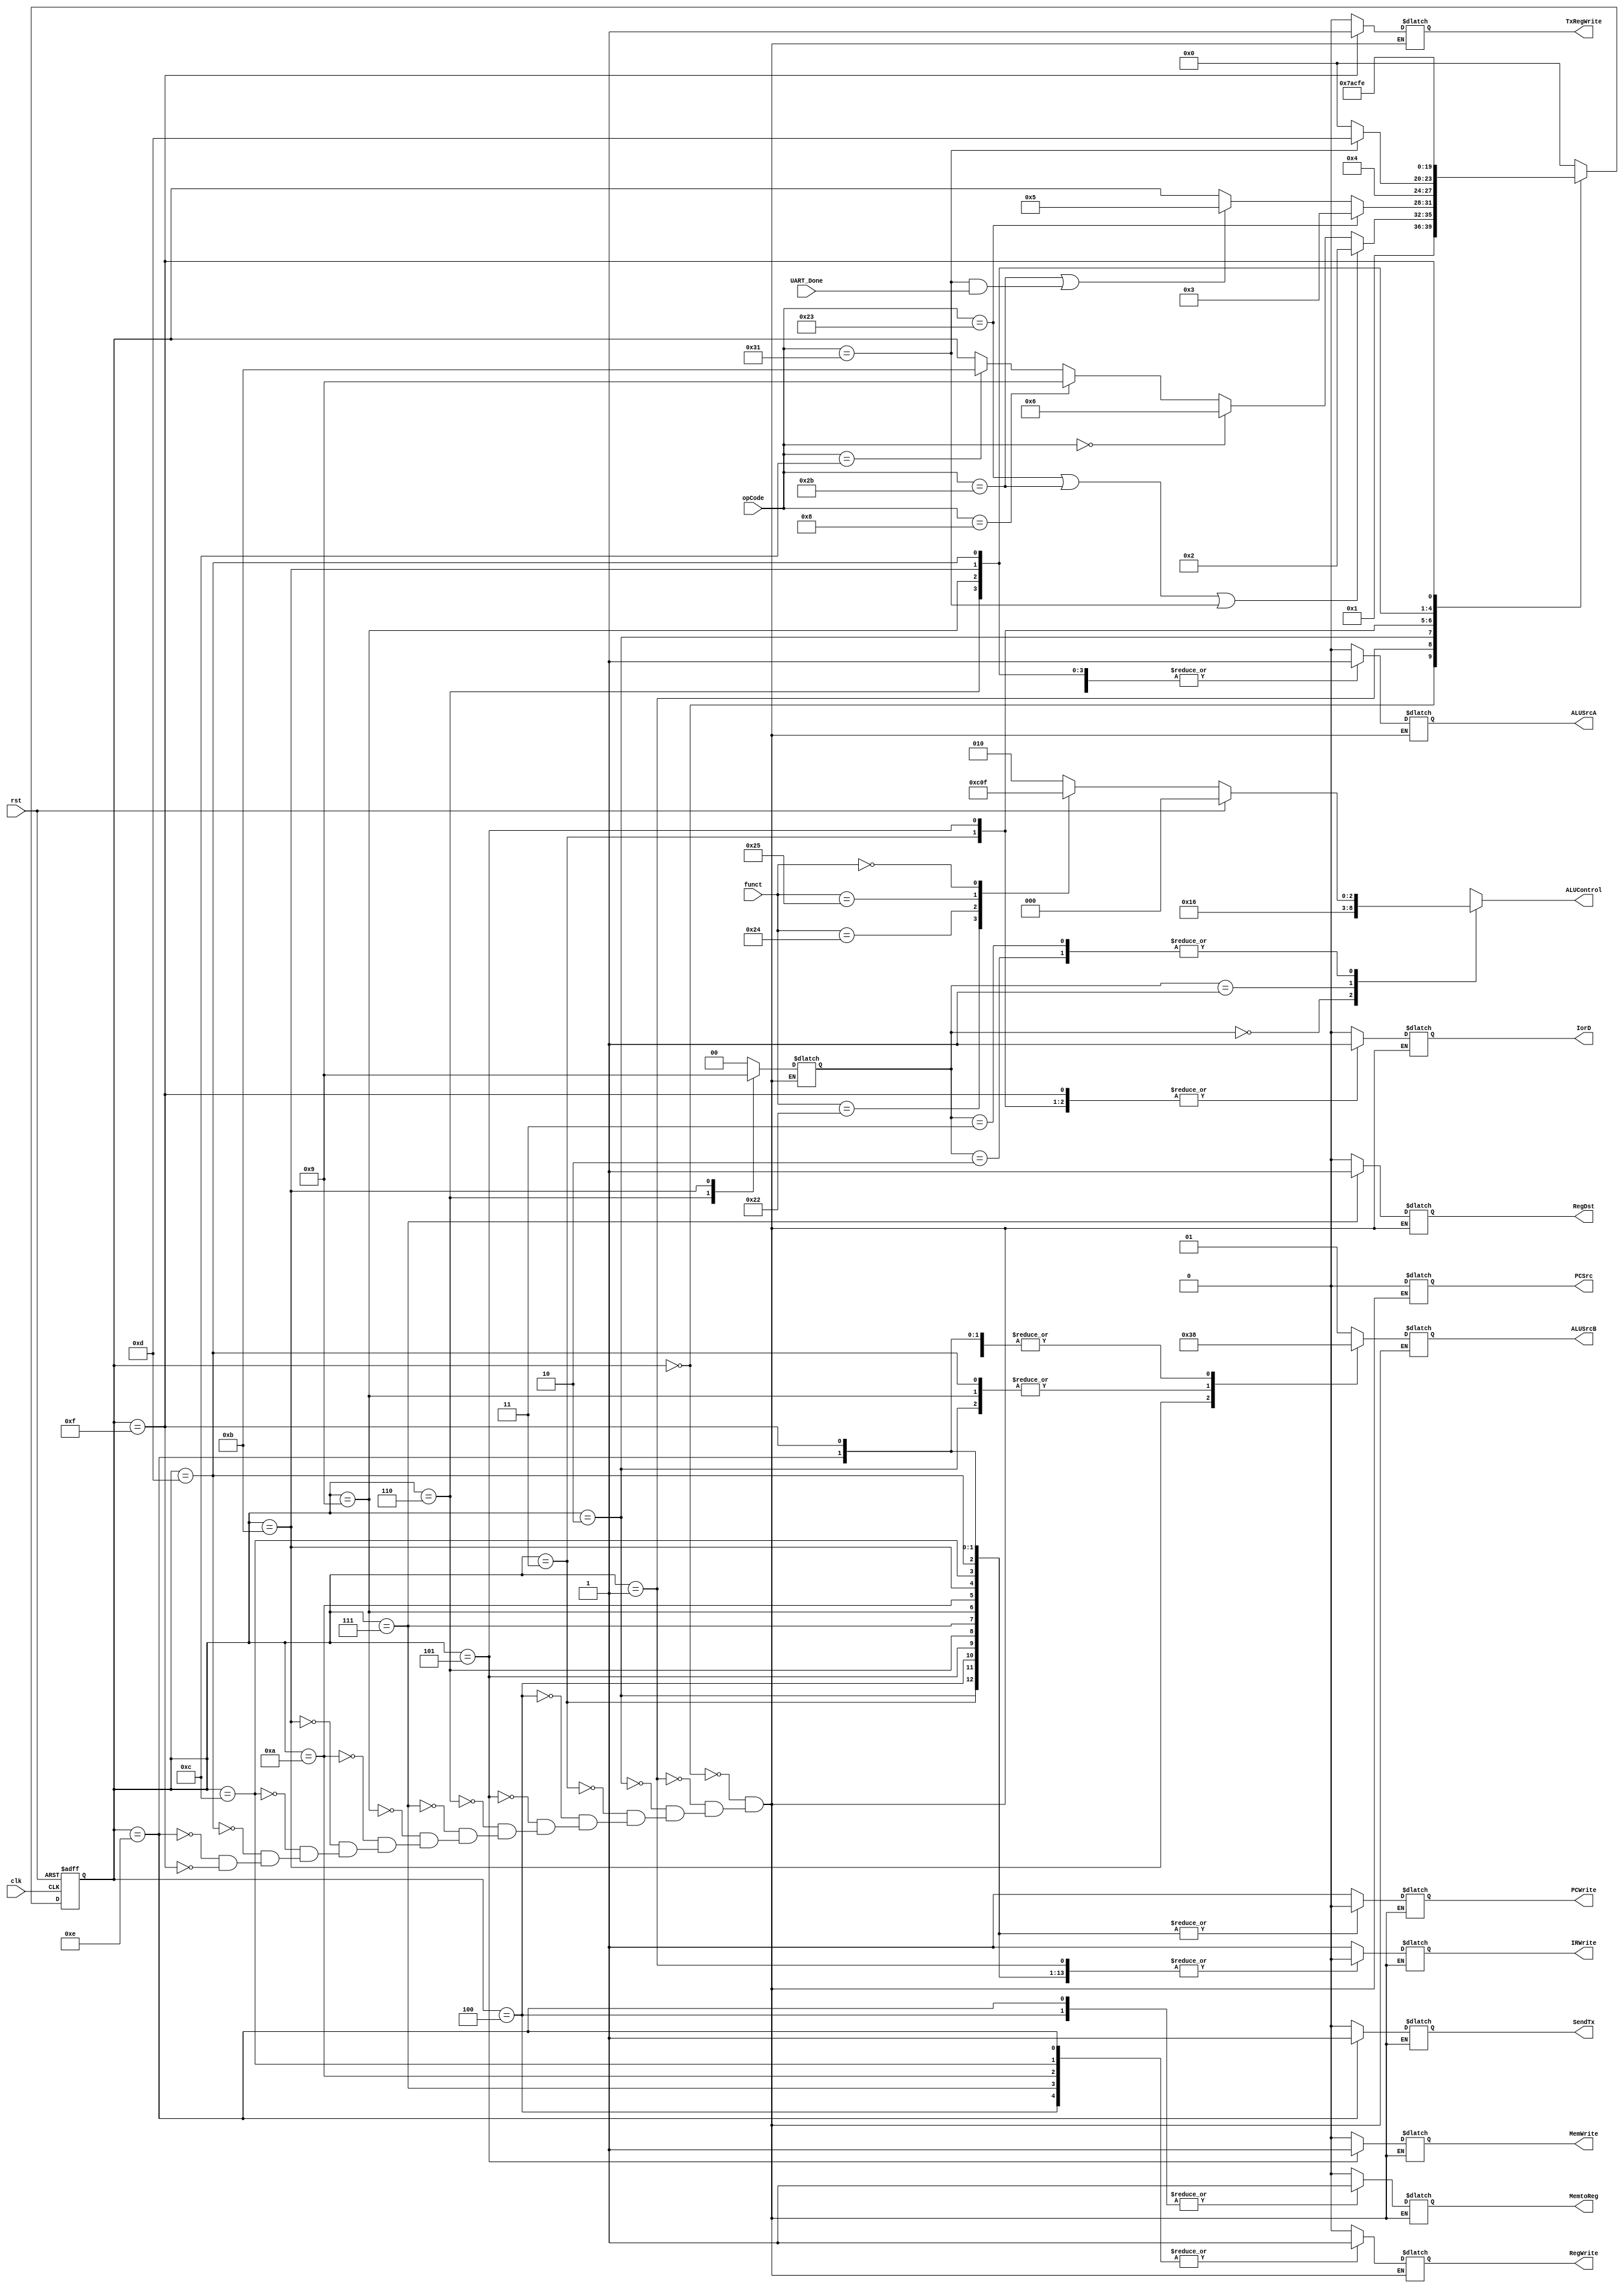
module controlUnit (
    input clk, rst, UART_Done,
    input [5:0]opCode,
    //Multiplexer Selects
	 output reg SendTx,
    output reg MemtoReg,
    output reg RegDst,
    output reg IorD,
    output reg PCSrc,
    output reg [1:0] ALUSrcB,
    output reg ALUSrcA,
    //Register Enables
    output reg IRWrite,
    output reg MemWrite,
    output reg PCWrite,
    output reg RegWrite,
	 output reg TxRegWrite,
    //To ALU Decoder
    input [5:0] funct,
    // input [1:0]ALUOp,               //??
    output reg [2:0]ALUControl
    //output reg [1:0] ALUOp          //??
    );

reg [1:0]ALUOp;

reg [3:0] state;

localparam S0_FETCH    = 4'b0000;
localparam S1_DECODE   = 4'b0001;
localparam S2_MEM_ADDR = 4'b0010;
localparam S3_MEM_READ = 4'b0011;
localparam S4_MEM_WRITE_BACK = 4'b0100;
localparam S5_MEM_WRITE      = 4'b0101;
localparam S6_EXECUTE        = 4'b0110;
localparam S7_ALU_WRITE_BACK = 4'b0111;
localparam S9_ADDI_EXECUTE     = 4'b1001;
localparam S10_ADDI_WRITE_BACK = 4'b1010;
localparam S11_ANDI_EXECUTE	 = 4'b1011;
localparam S12_ANDI_WRITE_BACK = 4'b1100;
localparam S13_POUT_MEM_ADDR = 4'b1101;
localparam S14_POUT_MEM_WRITE_BACK_RXSEND = 4'b1110;
localparam S15_POUT_MEM_READ = 4'b1111;

//ALU Decoder
localparam ADD_FN  = 6'b10_0000;
localparam SUB_FN  = 6'b10_0010;
localparam AND_FN  = 6'b10_0100;
localparam OR_FN   = 6'b10_0101;
localparam SLL_FN  = 6'b00_0000;
reg [2:0] ALUFunctions_o;

localparam LW = 6'h23;
localparam SW = 6'h2b;
localparam R_Type = 6'h00;
localparam POUT = 6'h31;
localparam ADDI_INS = 6'h08;
localparam ANDI_INS = 6'h0C;

//FSM for the control unit
always @(posedge rst, posedge clk)
	begin
		if (rst) 
			state <= S0_FETCH;
		else 
		case (state)
            S0_FETCH:
                state <= S1_DECODE;
            S1_DECODE:
                if(opCode == LW | opCode == SW | opCode == POUT)       //Pseudocode if(opCode == LW or SW) 
                    state <= S2_MEM_ADDR;
                else
                    if(opCode == R_Type)    //Pseudocode 
                        state <= S6_EXECUTE;
                    else if(opCode == ADDI_INS)
                        state <= S9_ADDI_EXECUTE;
                    else
                        if(opCode == ANDI_INS)
                        state <= S11_ANDI_EXECUTE;
            S2_MEM_ADDR:
                if(opCode == LW)            //Pseudocode 
                    state <= S3_MEM_READ;
                else
                    if(opCode == SW | (opCode == POUT  & UART_Done == 1'b1))        //Pseudocode 
                        state <= S5_MEM_WRITE;
            S3_MEM_READ:
                state <= S4_MEM_WRITE_BACK;
            S4_MEM_WRITE_BACK:
                state <= S0_FETCH;
            S5_MEM_WRITE:
					if (opCode == POUT)
                state <= S13_POUT_MEM_ADDR;
					else
                state <= S0_FETCH;
            S6_EXECUTE:
                state <= S7_ALU_WRITE_BACK;
            S7_ALU_WRITE_BACK:
                state <= S0_FETCH;
            S9_ADDI_EXECUTE:
                state <= S10_ADDI_WRITE_BACK;
            S10_ADDI_WRITE_BACK:
                state <= S0_FETCH;
            S11_ANDI_EXECUTE:
                state <= S12_ANDI_WRITE_BACK;
            S12_ANDI_WRITE_BACK:
                state <= S0_FETCH;
				S13_POUT_MEM_ADDR:
                state <= S15_POUT_MEM_READ;
				S14_POUT_MEM_WRITE_BACK_RXSEND:
                state <= S0_FETCH;
				S15_POUT_MEM_READ:
					 state <= S14_POUT_MEM_WRITE_BACK_RXSEND;
            default:
                state <= S0_FETCH;
		endcase
	end

	//What is going to do at each state
always @(state)
	begin
        case(state)
				S0_FETCH: 	
					begin
                        //Multiplexer Selects
                        MemtoReg    = 1'b0;     //Appear as X
                        RegDst      = 1'b0;     //Appear as X
                        IorD        = 1'b0;     //change 0
                        PCSrc       = 1'b0;     //change 0
                        ALUSrcB     = 2'b01;    //change 01
                        ALUSrcA     = 1'b0;     //change 0
                        //Register Enables
                        IRWrite     = 1'b1;     //change 1
                        MemWrite    = 1'b0;
                        PCWrite     = 1'b1;     //change 1
                        RegWrite    = 1'b0;
                        //To ALU Decoder
                        ALUOp       = 2'b00;    //change 00
								SendTx      = 1'b0;		//For UART
								TxRegWrite 	= 1'b0;		//To register Tx to UART
                    end
                S1_DECODE:          //this State change btw documents VERIFY IT
                    begin
                        //Multiplexer Selects
                        MemtoReg    = 1'b0;     //Appear as X
                        RegDst      = 1'b0;     //Appear as X
                        IorD        = 1'b0;     //change 0
                        PCSrc       = 1'b0;     //change 0
                        ALUSrcB     = 2'b01;    //change 01
                        ALUSrcA     = 1'b0;     //change 0
                        //Register Enables
                        IRWrite     = 1'b0;     //change 1
                        MemWrite    = 1'b0;
                        PCWrite     = 1'b1;     //change 1
                        RegWrite    = 1'b0;
                        //To ALU Decoder
                        ALUOp       = 2'b00;    //change 00
								SendTx      = 1'b0;		//For UART
								TxRegWrite 	= 1'b0;		//To register Tx to UART
                    end
                S2_MEM_ADDR: //Data flow during memory address computation
                    begin
                        //Multiplexer Selects
                        MemtoReg    = 1'b0;      //X
                        RegDst      = 1'b0;      //X
                        IorD        = 1'b0;      //X
                        PCSrc       = 1'b0;      //X
                        ALUSrcB     = 2'b10;     //10
                        ALUSrcA     = 1'b1;      //1
                        //Register Enables
                        IRWrite     = 1'b0;      //0
                        MemWrite    = 1'b0;      //0
                        PCWrite     = 1'b0;      //0
                        RegWrite    = 1'b0;      //0
                        //To ALU Decoder
                        ALUOp       = 2'b00;     //00
								SendTx      = 1'b0;		//For UART
								TxRegWrite 	= 1'b0;		//To register Tx to UART
                    end
                S3_MEM_READ:
                    begin  
                        //Multiplexer Selects
                        MemtoReg    = 1'b0;      //
                        RegDst      = 1'b0;      //
                        IorD        = 1'b1;      //1
                        PCSrc       = 1'b0;      //
                        ALUSrcB     = 2'b00;     //
                        ALUSrcA     = 1'b0;      //
                        //Register Enables
                        IRWrite     = 1'b0;      //
                        MemWrite    = 1'b0;      //
                        PCWrite     = 1'b0;      //
                        RegWrite    = 1'b0;      //
                        //To ALU Decoder
                        ALUOp       = 2'b00;     //
								SendTx      = 1'b0;		//For UART
								TxRegWrite 	= 1'b0;		//To register Tx to UART
                    end
                S4_MEM_WRITE_BACK:
                    begin
                        //Multiplexer Selects
                        MemtoReg    = 1'b1;      //1
                        RegDst      = 1'b0;      //0
                        IorD        = 1'b0;      //
                        PCSrc       = 1'b0;      //
                        ALUSrcB     = 2'b00;     //
                        ALUSrcA     = 1'b0;      //
                        //Register Enables
                        IRWrite     = 1'b0;      //
                        MemWrite    = 1'b0;      //
                        PCWrite     = 1'b0;      //
                        RegWrite    = 1'b1;      //1
                        //To ALU Decoder
                        ALUOp       = 2'b00;     //
								SendTx      = 1'b0;		//For UART
								TxRegWrite 	= 1'b0;		//To register Tx to UART
                    end
                S5_MEM_WRITE:
                    begin
                        //Multiplexer Selects
                        MemtoReg    = 1'b0;      //
                        RegDst      = 1'b0;      //
                        IorD        = 1'b1;      //1
                        PCSrc       = 1'b0;      //
                        ALUSrcB     = 2'b00;     //
                        ALUSrcA     = 1'b0;      //
                        //Register Enables
                        IRWrite     = 1'b0;      //
                        MemWrite    = 1'b1;      //1
                        PCWrite     = 1'b0;      //
                        RegWrite    = 1'b0;      //
                        //To ALU Decoder
                        ALUOp       = 2'b00;     //
								SendTx      = 1'b0;		//For UART
								TxRegWrite 	= 1'b0;		//To register Tx to UART
                    end
                S6_EXECUTE:
                    begin
                        //Multiplexer Selects
                        MemtoReg    = 1'b0;      //
                        RegDst      = 1'b0;      //
                        IorD        = 1'b0;      //
                        PCSrc       = 1'b0;      //
                        ALUSrcB     = 2'b00;     //00
                        ALUSrcA     = 1'b1;      //1
                        //Register Enables
                        IRWrite     = 1'b0;      //
                        MemWrite    = 1'b0;      //
                        PCWrite     = 1'b0;      //
                        RegWrite    = 1'b0;      //
                        //To ALU Decoder
                        ALUOp       = 2'b10;     //10
								SendTx      = 1'b0;		//For UART
								TxRegWrite 	= 1'b0;		//To register Tx to UART
                    end
                S7_ALU_WRITE_BACK:
                    begin
                        //Multiplexer Selects
                        MemtoReg    = 1'b0;      //0
                        RegDst      = 1'b1;      //1
                        IorD        = 1'b0;      //
                        PCSrc       = 1'b0;      //
                        ALUSrcB     = 2'b00;     //
                        ALUSrcA     = 1'b0;      //
                        //Register Enables
                        IRWrite     = 1'b0;      //
                        MemWrite    = 1'b0;      //
                        PCWrite     = 1'b0;      //
                        RegWrite    = 1'b1;      //
                        //To ALU Decoder
                        ALUOp       = 2'b00;     //
								SendTx      = 1'b0;		//For UART
								TxRegWrite 	= 1'b0;		//To register Tx to UART
                    end
                S9_ADDI_EXECUTE:
                    begin
                        //Multiplexer Selects
                        MemtoReg    = 1'b0;      //
                        RegDst      = 1'b0;      //
                        IorD        = 1'b0;      //
                        PCSrc       = 1'b0;      //
                        ALUSrcB     = 2'b10;     //10
                        ALUSrcA     = 1'b1;      //1
                        //Register Enables
                        IRWrite     = 1'b0;      //
                        MemWrite    = 1'b0;      //
                        PCWrite     = 1'b0;      //
                        RegWrite    = 1'b0;      //
                        //To ALU Decoder
                        ALUOp       = 2'b00;     //0
								SendTx      = 1'b0;		//For UART
								TxRegWrite 	= 1'b0;		//To register Tx to UART
                    end
                S10_ADDI_WRITE_BACK:
                    begin
                        //Multiplexer Selects
                        MemtoReg    = 1'b0;      //0
                        RegDst      = 1'b0;      //0
                        IorD        = 1'b0;      //
                        PCSrc       = 1'b0;      //
                        ALUSrcB     = 2'b00;     //
                        ALUSrcA     = 1'b0;      //
                        //Register Enables
                        IRWrite     = 1'b0;      //
                        MemWrite    = 1'b0;      //
                        PCWrite     = 1'b0;      //
                        RegWrite    = 1'b1;      //1
                        //To ALU Decoder
                        ALUOp       = 2'b00;     //
								SendTx      = 1'b0;		//For UART
								TxRegWrite 	= 1'b0;		//To register Tx to UART
							end
                S11_ANDI_EXECUTE:
                    begin
                        //Multiplexer Selects
                        MemtoReg    = 1'b0;      //
                        RegDst      = 1'b0;      //
                        IorD        = 1'b0;      //
                        PCSrc       = 1'b0;      //
                        ALUSrcB     = 2'b11;     //Toma el zeroExtend_w
                        ALUSrcA     = 1'b1;      //1
                        //Register Enables
                        IRWrite     = 1'b0;      //
                        MemWrite    = 1'b0;      //
                        PCWrite     = 1'b0;      //
                        RegWrite    = 1'b0;      //
                        //To ALU Decoder
                        ALUOp       = 2'b01;     //10 para tomar AND
								SendTx      = 1'b0;		//For UART
								TxRegWrite 	= 1'b0;		//To register Tx to UART
                    end
                S12_ANDI_WRITE_BACK:
                    begin
                        //Multiplexer Selects
                        MemtoReg    = 1'b0;      //0
                        RegDst      = 1'b0;      //0
                        IorD        = 1'b0;      //
                        PCSrc       = 1'b0;      //
                        ALUSrcB     = 2'b00;     //
                        ALUSrcA     = 1'b0;      //
                        //Register Enables
                        IRWrite     = 1'b0;      //
                        MemWrite    = 1'b0;      //
                        PCWrite     = 1'b0;      //
                        RegWrite    = 1'b1;      //1
                        //To ALU Decoder
                        ALUOp       = 2'b00;     //
								SendTx      = 1'b0;		//For UART
								TxRegWrite 	= 1'b0;		//To register Tx to UART
							end
                S13_POUT_MEM_ADDR: //Data flow during memory address computation
                    begin
                        //Multiplexer Selects
                        MemtoReg    = 1'b0;      //X
                        RegDst      = 1'b0;      //X
                        IorD        = 1'b0;      //X
                        PCSrc       = 1'b0;      //X
                        ALUSrcB     = 2'b10;     //10
                        ALUSrcA     = 1'b1;      //1
                        //Register Enables
                        IRWrite     = 1'b0;      //0
                        MemWrite    = 1'b0;      //0
                        PCWrite     = 1'b0;      //0
                        RegWrite    = 1'b0;      //0
                        //To ALU Decoder
                        ALUOp       = 2'b00;     //00
								SendTx      = 1'b0;		//For UART
								TxRegWrite 	= 1'b0;		//To register Tx to UART
							end
                S14_POUT_MEM_WRITE_BACK_RXSEND:
                    begin
                        //Multiplexer Selects
                        MemtoReg    = 1'b1;      //1
                        RegDst      = 1'b0;      //0
                        IorD        = 1'b0;      //
                        PCSrc       = 1'b0;      //
                        ALUSrcB     = 2'b00;     //
                        ALUSrcA     = 1'b0;      //
                        //Register Enables
                        IRWrite     = 1'b0;      //
                        MemWrite    = 1'b0;      //
                        PCWrite     = 1'b0;      //
                        RegWrite    = 1'b1;      //1
                        //To ALU Decoder
                        ALUOp       = 2'b00;     //
								SendTx      = 1'b1;		//For UART
								TxRegWrite 	= 1'b0;		//To register Tx to UART
                    end
					S15_POUT_MEM_READ:
                    begin  
                        //Multiplexer Selects
                        MemtoReg    = 1'b0;      //
                        RegDst      = 1'b0;      //
                        IorD        = 1'b1;      //1
                        PCSrc       = 1'b0;      //
                        ALUSrcB     = 2'b00;     //
                        ALUSrcA     = 1'b0;      //
                        //Register Enables
                        IRWrite     = 1'b0;      //
                        MemWrite    = 1'b0;      //
                        PCWrite     = 1'b0;      //
                        RegWrite    = 1'b0;      //
                        //To ALU Decoder
                        ALUOp       = 2'b00;     //
								SendTx      = 1'b0;		//For UART
								TxRegWrite 	= 1'b1;		//To register Tx to UART
							end
        endcase
    end

// *** ALU Decoder ***

always @(funct) 
    begin
        if(rst)
            ALUFunctions_o <= 3'b000;       
        else
            case (funct)
                ADD_FN:
                    ALUFunctions_o <= 3'b010;
                SUB_FN:
                    ALUFunctions_o <= 3'b110;
                AND_FN:
                    ALUFunctions_o <= 3'b000;
                OR_FN:
                    ALUFunctions_o <= 3'b001;
                SLL_FN:
                    ALUFunctions_o <= 3'b111;
                default: 
                    ALUFunctions_o <= 3'b010;
            endcase
    end

always @(ALUOp) 
    begin
        case (ALUOp)
            2'b00:
                ALUControl <= 3'b010;
            2'b01:
                ALUControl <= 3'b110;
            2'b10:
                ALUControl <= ALUFunctions_o;
            2'b11:
                ALUControl <= ALUFunctions_o;
        endcase
    end
    
endmodule